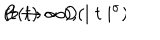
LaTeX: B ( t ) \sim O ( \mid t \mid ^ { \sigma } ) \hspace { 1 . 5 i n } ( t \rightarrow \infty ) ,